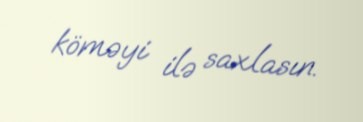
köməyi ilə saxlasın.